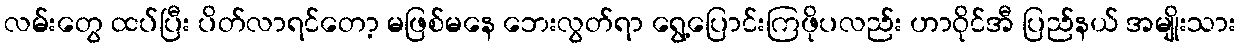
လမ်းတွေ ထပ်ပြီး ပိတ်လာရင်တော့ မဖြစ်မနေ ဘေးလွတ်ရာ ရွေ့ပြောင်းကြဖိုပလည်း ဟာဝိုင်အီ ပြည်နယ် အမျိုးသား